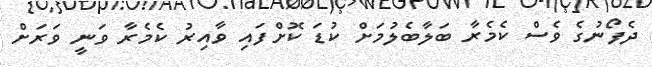
ދެފޯނުގެ ވެސް ކެމެރާ ބަލާބެލުމަށް ކުޑަ ކޮށްފައި ވާއިރު ކެމެރާ ވަނީ ވަރަށް